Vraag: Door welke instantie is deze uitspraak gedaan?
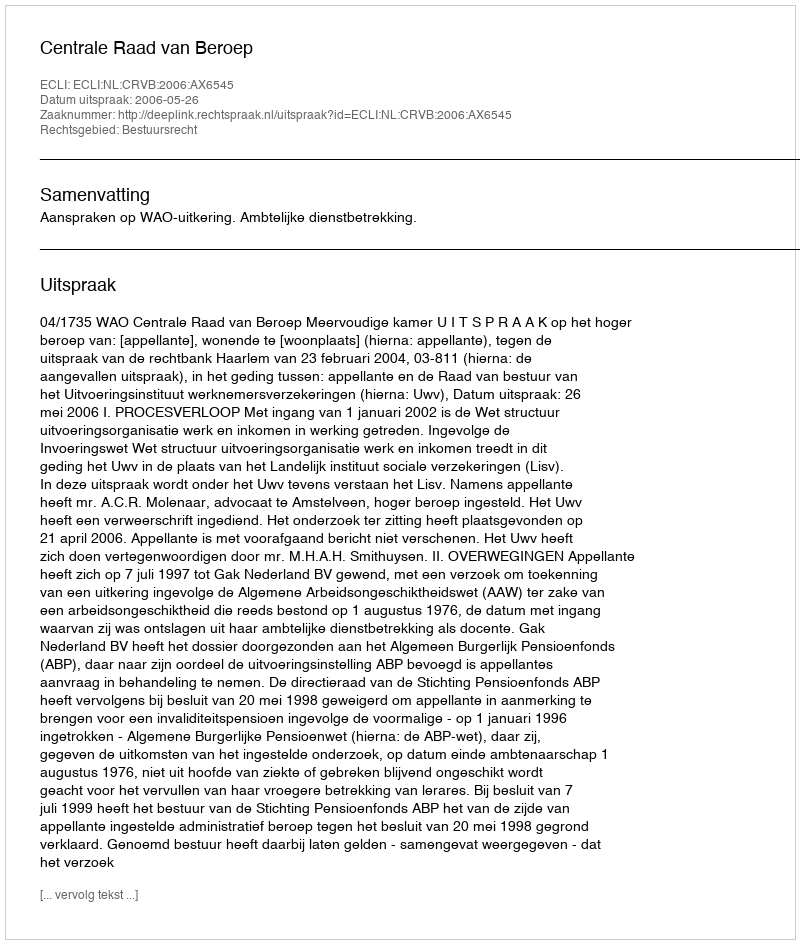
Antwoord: Centrale Raad van Beroep